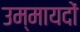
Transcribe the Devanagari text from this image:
उम्मायदों